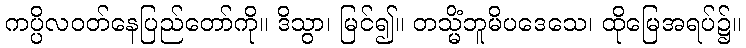
ကပ္ပိလဝတ်နေပြည်တော်ကို။ ဒိသွာ၊ မြင်၍။ တသ္မိံဘူမိပဒေသေ၊ ထိုမြေအရပ်၌။